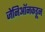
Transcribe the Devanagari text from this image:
जेनिऑनकडून